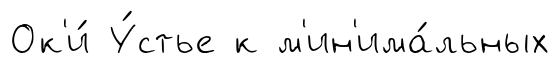
Ок'и́ У́стье к м'ин'има́льных